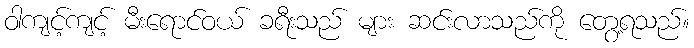
ဝါကျင့်ကျင့် မီးရောင်ဝယ် ခရီးသည် များ ဆင်းလာသည်ကို တွေ့ရသည်။